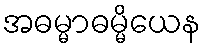
အဓမ္မာဓမ္မိယေန